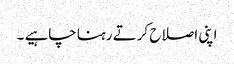
اپنی اصلاح کرتے رہنا چاہیے ۔